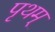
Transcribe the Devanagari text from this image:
पृथम्‌